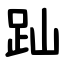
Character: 䟖